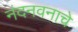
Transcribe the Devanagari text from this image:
नंदनवनाचे